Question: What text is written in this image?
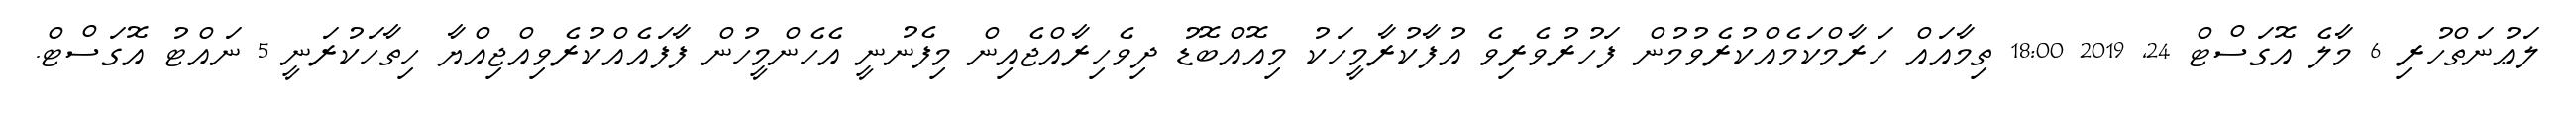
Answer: ލަޢުނަތްހުރި 6 މާލެ އޮގަސްޓް 24, 2019 18:00 ތިމާއައް ހަރާމްކަމެއްކުރެވުމުން ފަހުރުވެރިވެ އުފާކުރާމީހަކު މިއޮއްބޮޑު ދިވެހިރާއްޖެއިން މިފެނުނީ އެހެންމީހުން ފާފައެއްކުރެވިއްޖިއްޔާ ހިތާހަކުރަނީ 5 ނައްޓު އޮގަސްޓް.